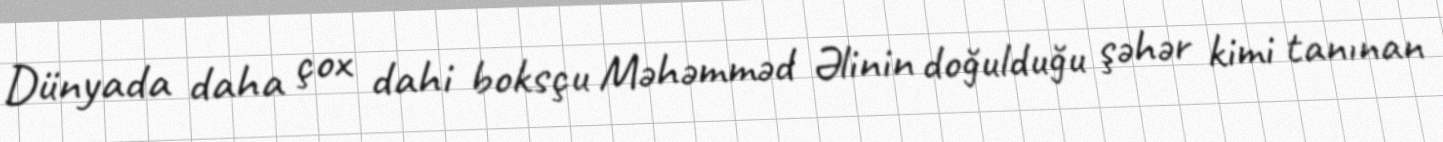
Dünyada daha çox dahi boksçu Məhəmməd Əlinin doğulduğu şəhər kimi tanınan